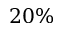
2 0 \%